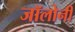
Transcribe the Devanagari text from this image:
जॉलोनी